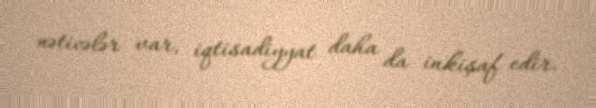
nəticələr var, iqtisadiyyat daha da inkişaf edir.